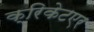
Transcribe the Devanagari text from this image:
क्रिकेटएर